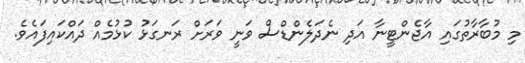
މި މުބާރާތުގައި އާޖެންޓީނާ އަދި ނެދަލެންޑްސް ވަނީ ވަރަށް ރަނގަޅު ކުޅުމެއް ދައްކައިފައެވެ.